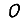
Digit: 0